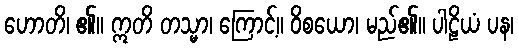
ဟောတိ၊ ၏။ ဣတိ တသ္မာ၊ ကြောင့်။ ဝိစယော၊ မည်၏။ ပါဠိယံ ပန၊